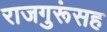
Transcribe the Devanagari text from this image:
राजगुरूंसह